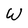
Character: W